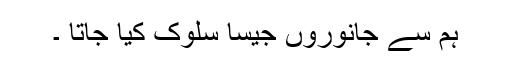
ہم سے جانوروں جیسا سلوک کیا جاتا ۔